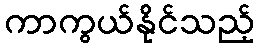
ကာကွယ်နိုင်သည့်